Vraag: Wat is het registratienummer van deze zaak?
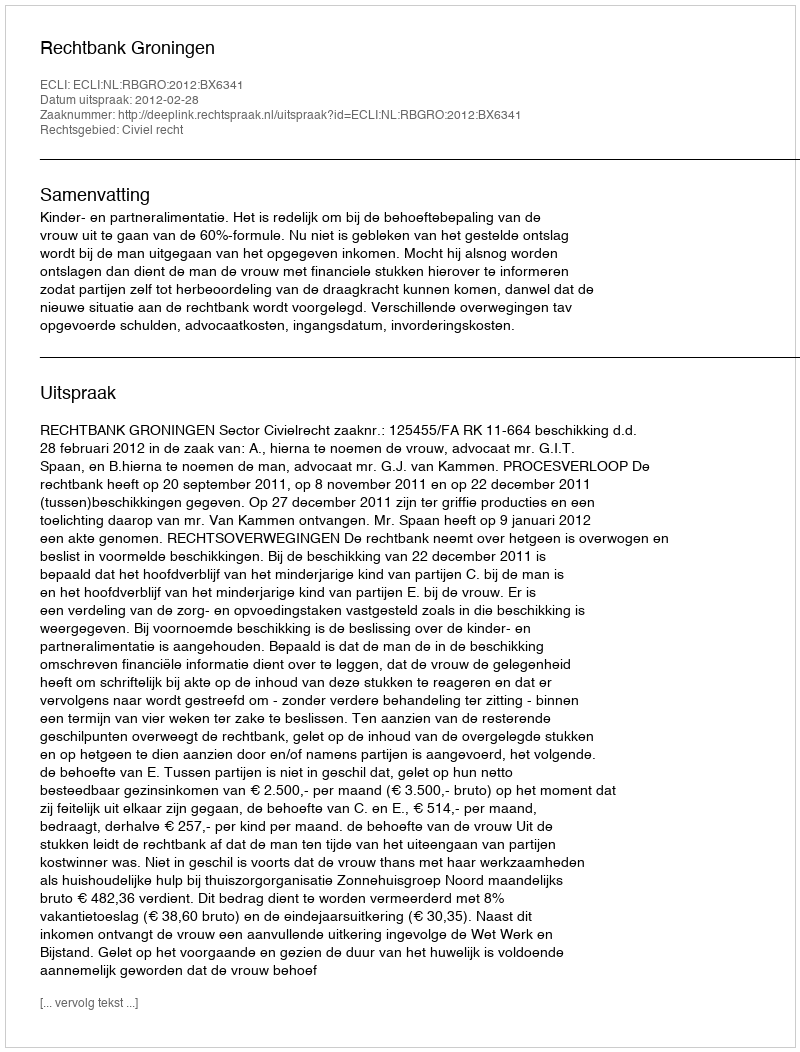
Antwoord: http://deeplink.rechtspraak.nl/uitspraak?id=ECLI:NL:RBGRO:2012:BX6341